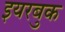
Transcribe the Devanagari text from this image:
इयरबुक